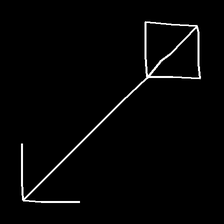
Glyph: focus